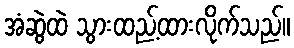
အံဆွဲထဲ သွားထည့်ထားလိုက်သည်။